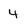
Character: 4